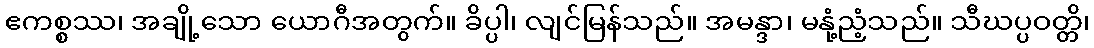
ဧကစ္စဿ၊ အချို့သော ယောဂီအတွက်။ ခိပ္ပါ၊ လျင်မြန်သည်။ အမန္ဒာ၊ မနုံ့ညံ့သည်။ သီဃပ္ပဝတ္တိ၊